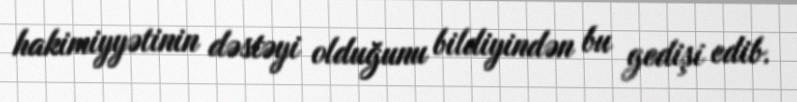
hakimiyyətinin dəstəyi olduğunu bildiyindən bu gedişi edib.